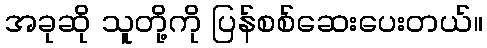
အခုဆို သူတို့ကို ပြန်စစ်ဆေးပေးတယ်။